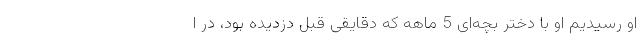
او رسیدیم او با دختر بچه‌ای 5 ماهه که دقایقی قبل دزدیده بود، در ا